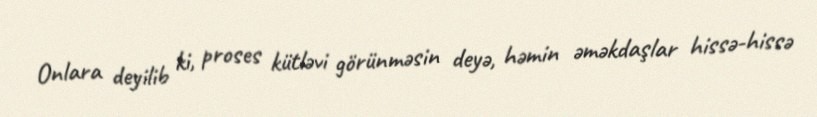
Onlara deyilib ki, proses kütləvi görünməsin deyə, həmin əməkdaşlar hissə-hissə